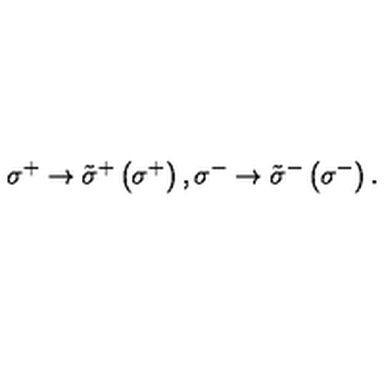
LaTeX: \sigma ^ { + } \rightarrow \tilde { \sigma } ^ { + } \left( \sigma ^ { + } \right) , \sigma ^ { - } \rightarrow \tilde { \sigma } ^ { - } \left( \sigma ^ { - } \right) .